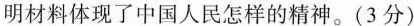
明材料体现了中国人民怎样的精神。(3分)